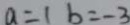
a = 1 b = - 3